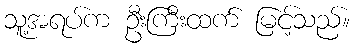
သူ့အရပ်က ဦးကြီးထက် မြင့်သည်။